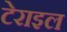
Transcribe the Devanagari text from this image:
टेराइल